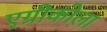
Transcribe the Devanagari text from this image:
एग्रीकोला